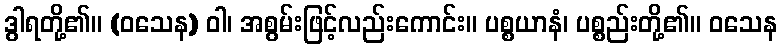
ဒွါရတို့၏။ (ဝသေန) ဝါ၊ အစွမ်းဖြင့်လည်းကောင်း။ ပစ္စယာနံ၊ ပစ္စည်းတို့၏။ ဝသေန